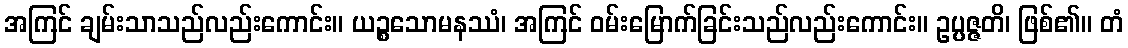
အကြင် ချမ်းသာသည်လည်းကောင်း။ ယဉ္စသောမနဿံ၊ အကြင် ဝမ်းမြောက်ခြင်းသည်လည်းကောင်း။ ဥပ္ပဇ္ဇတိ၊ ဖြစ်၏။ တံ